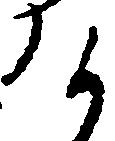
け